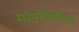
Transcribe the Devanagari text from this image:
मोनोसिस्टिस